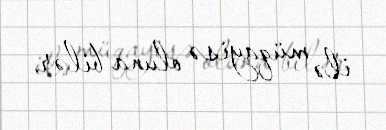
ilə müqayisə oluna bilər.